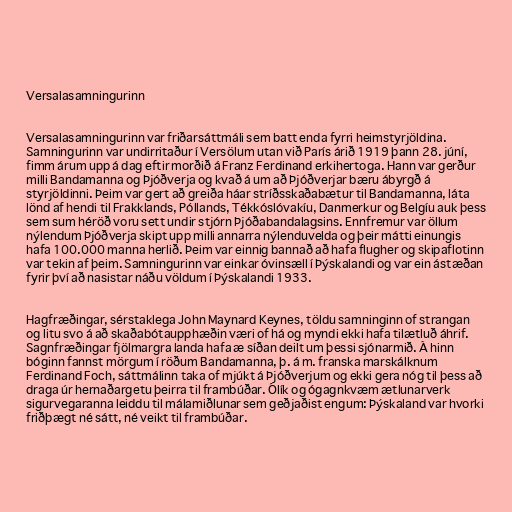
Versalasamningurinn

Versalasamningurinn var friðarsáttmáli sem batt enda fyrri heimstyrjöldina.
Samningurinn var undirritaður í Versölum utan við París árið 1919 þann 28. júní,
fimm árum upp á dag eftir morðið á Franz Ferdinand erkihertoga. Hann var gerður
milli Bandamanna og Þjóðverja og kvað á um að Þjóðverjar bæru ábyrgð á
styrjöldinni. Þeim var gert að greiða háar stríðsskaðabætur til Bandamanna, láta
lönd af hendi til Frakklands, Póllands, Tékkóslóvakíu, Danmerkur og Belgíu auk þess
sem sum héröð voru sett undir stjórn Þjóðabandalagsins. Ennfremur var öllum
nýlendum Þjóðverja skipt upp milli annarra nýlenduvelda og þeir mátti einungis
hafa 100.000 manna herlið. Þeim var einnig bannað að hafa flugher og skipaflotinn
var tekin af þeim. Samningurinn var einkar óvinsæll í Þýskalandi og var ein ástæðan
fyrir því að nasistar náðu völdum í Þýskalandi 1933.

Hagfræðingar, sérstaklega John Maynard Keynes, töldu samninginn of strangan
og litu svo á að skaðabótaupphæðin væri of há og myndi ekki hafa tilætluð áhrif.
Sagnfræðingar fjölmargra landa hafa æ síðan deilt um þessi sjónarmið. Á hinn
bóginn fannst mörgum í röðum Bandamanna, þ. á m. franska marskálknum
Ferdinand Foch, sáttmálinn taka of mjúkt á Þjóðverjum og ekki gera nóg til þess að
draga úr hernaðargetu þeirra til frambúðar. Ólík og ógagnkvæm ætlunarverk
sigurvegaranna leiddu til málamiðlunar sem geðjaðist engum: Þýskaland var hvorki
friðþægt né sátt, né veikt til frambúðar.